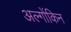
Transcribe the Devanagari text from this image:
अल्गोंकिन